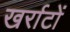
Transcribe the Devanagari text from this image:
खर्राटों